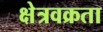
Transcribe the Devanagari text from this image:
क्षेत्रवक्रता